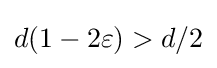
d(1-2\varepsilon )>d/2